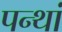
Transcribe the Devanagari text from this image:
पन्थां